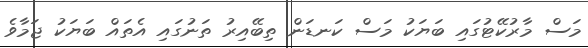
މަސް މާރުކޭޓުގައި ބަޔަކު މަސް ކަނޑަން ތިބޭއިރު ތަނުގައި އެތައް ބަޔަކު ޖަމާވެ